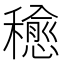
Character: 𥣒